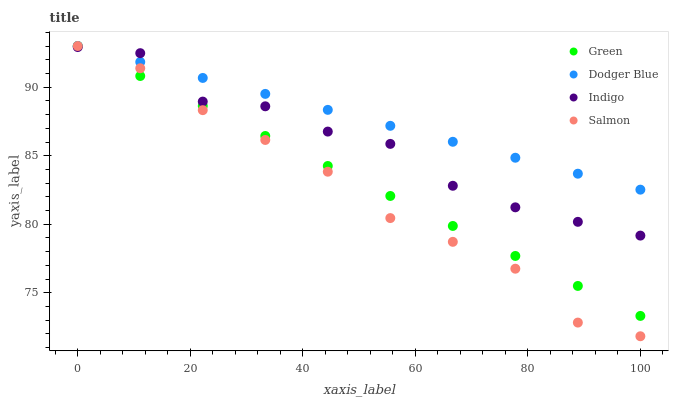
| xaxis_label | Green | Dodger Blue | Indigo | Salmon |
 | --- | --- | --- | --- | --- |
 | 0 | 93 | 93 | 92.9 | 93 |
 | 11.1 | 90.8 | 91.8 | 92.5 | 91.4 |
 | 22.2 | 88.6 | 90.7 | 88.9 | 88.3 |
 | 33.3 | 86.4 | 89.5 | 88.6 | 86.1 |
 | 44.4 | 84.3 | 88.3 | 86.8 | 83.8 |
 | 55.6 | 82.1 | 87.2 | 85.9 | 80.5 |
 | 66.7 | 79.9 | 86 | 82.8 | 78.7 |
 | 77.8 | 77.7 | 84.9 | 81.2 | 76.8 |
 | 88.9 | 75.5 | 83.7 | 80.2 | 72.8 |
 | 100 | 73.3 | 82.5 | 79.2 | 71.8 |